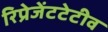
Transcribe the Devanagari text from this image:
रिप्रेजेंटटेटीव